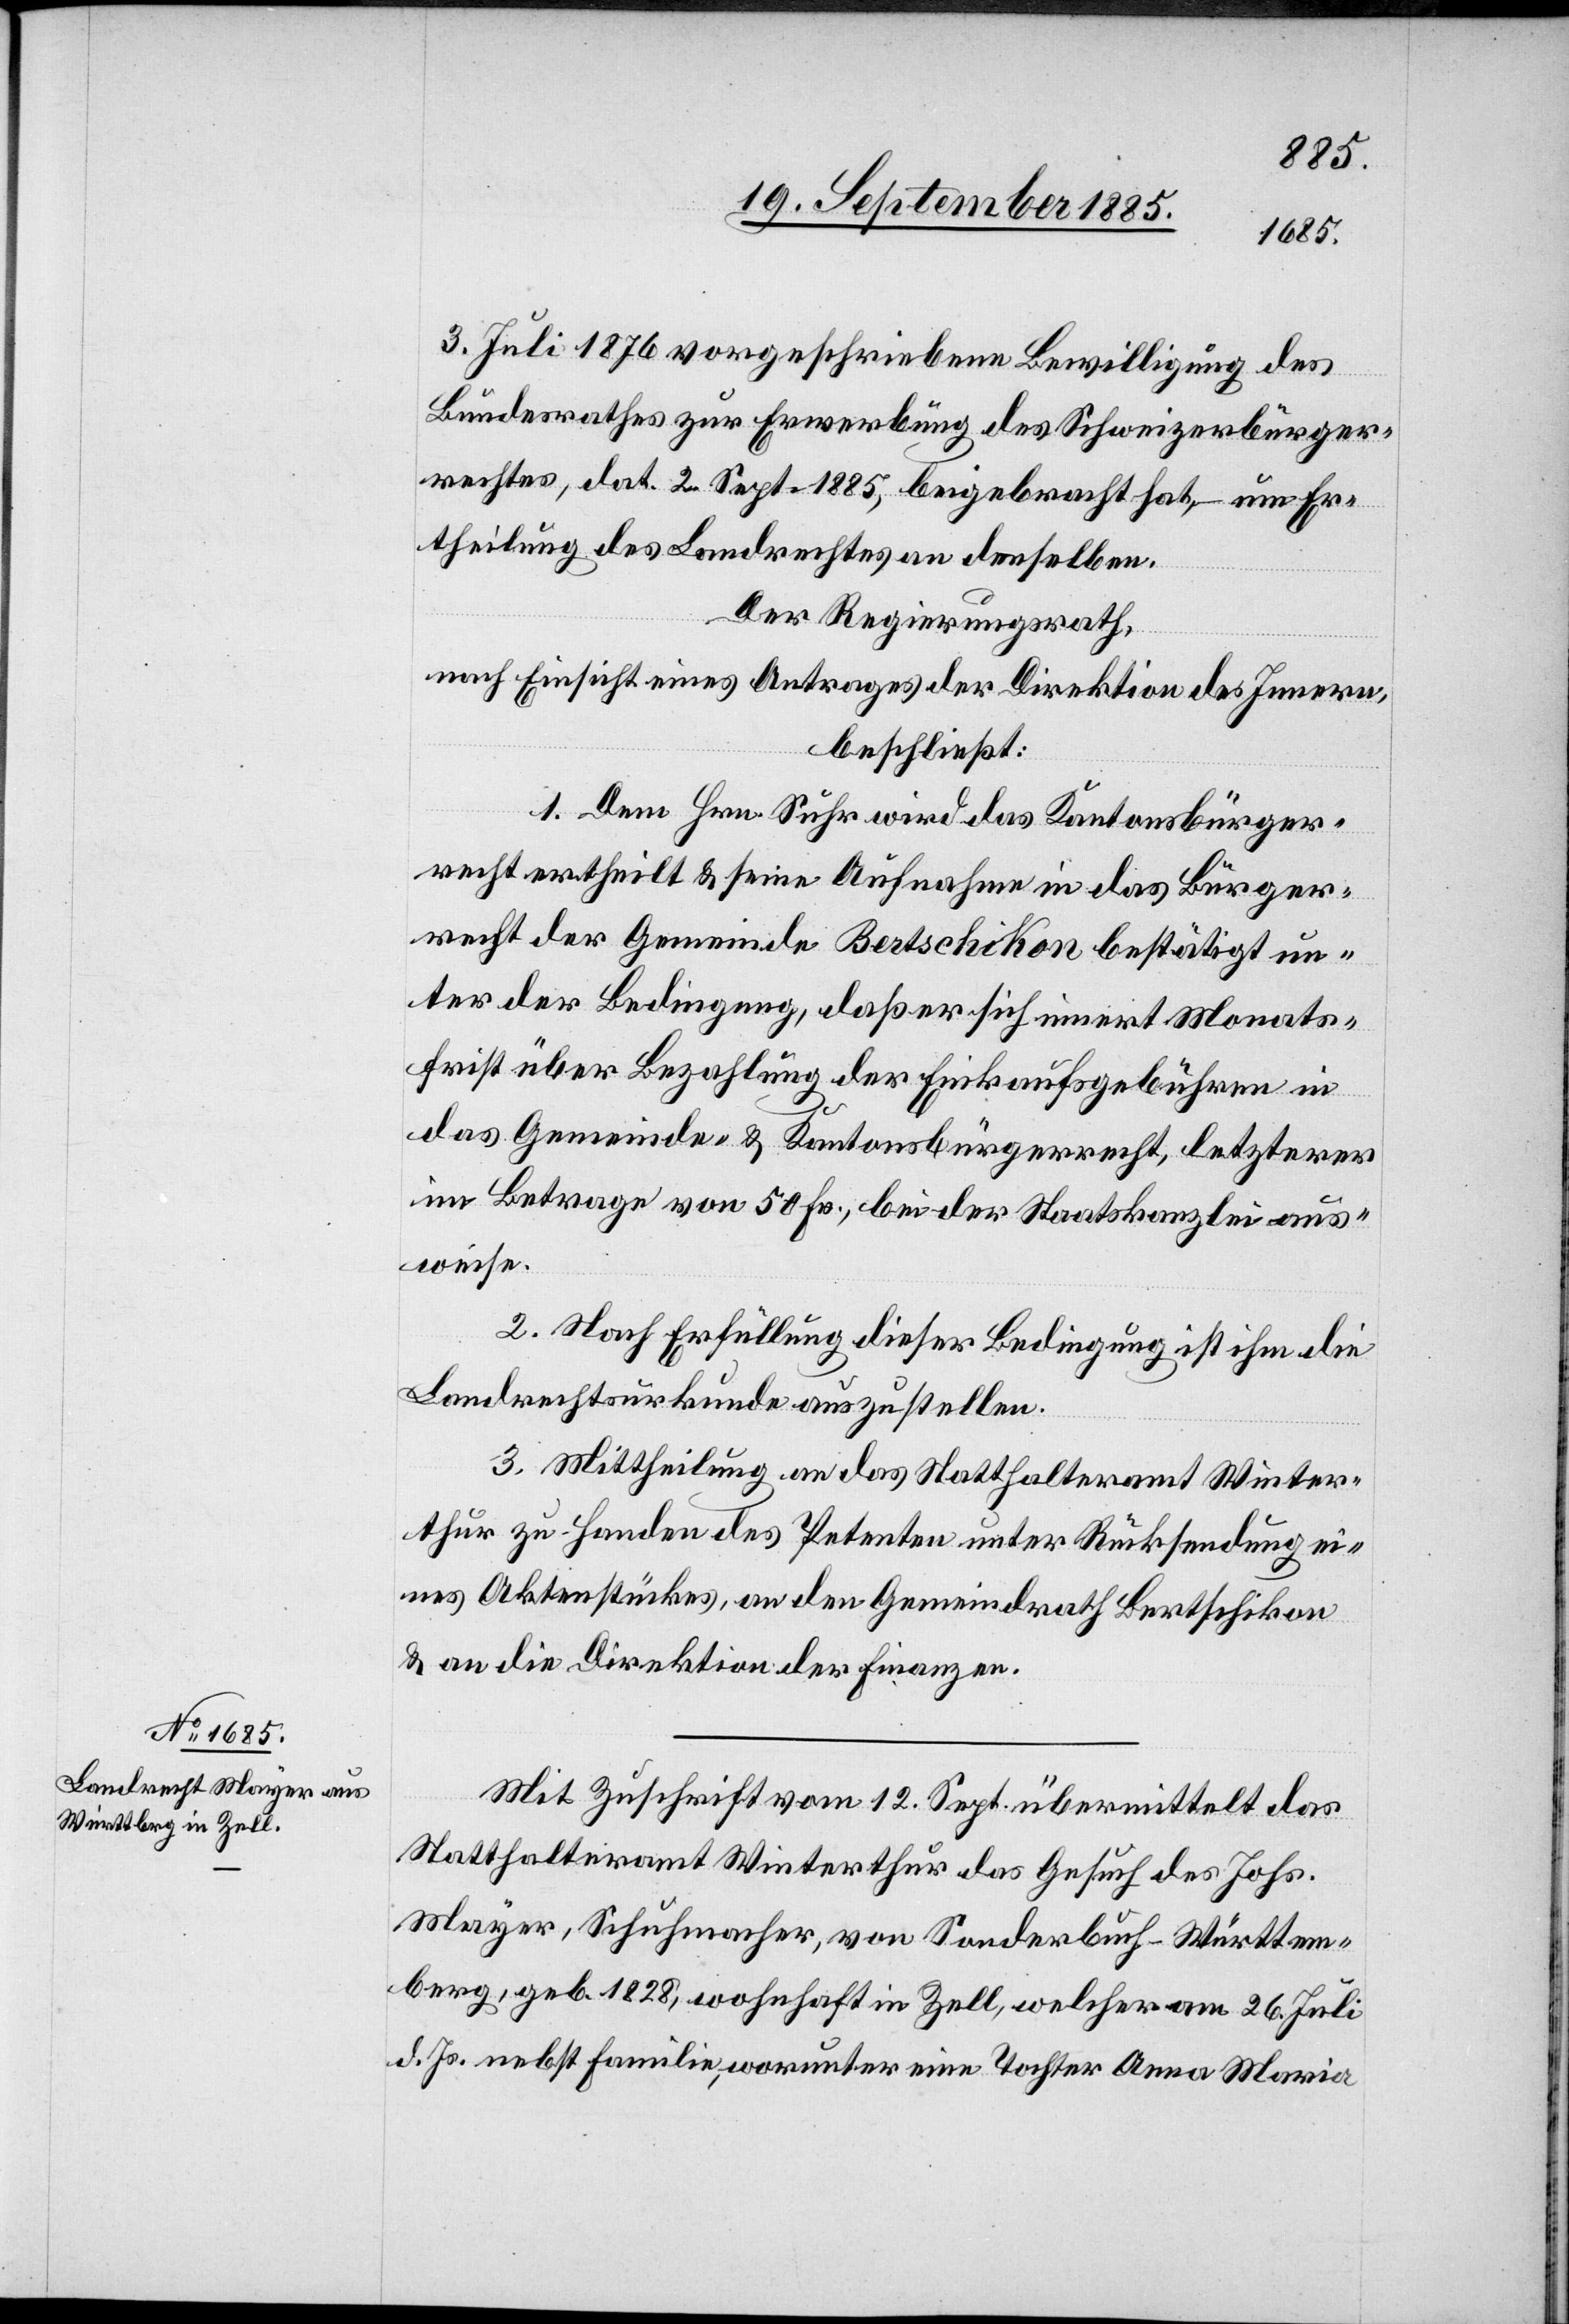
3. Juli 1876 vorgeschriebene Bewilligung des
Bundesrathes zur Erwerbung des Schweizerbürger¬
rechtes, dat. 2. Sept. 1885, beigebracht hat, – nun Er¬
theilung des Landrechtes an denselben.
Der Regierungsrath,
nach Einsicht eines Antrages der Direktion des Innern,
beschließt:
1. Dem Hrn. Suhr wird das Kantonsbürger¬
recht ertheilt & seine Aufnahme in das Bürger¬
recht der Gemeinde Bertschikon bestätigt un¬
ter der Bedingung, daß er sich innert Monats¬
frist über Bezahlung der Einkaufsgebühren in
das Gemeinde & Kantonsbürgerrecht, letzterer
im Betrage von 50 Fr., bei der Staatskanzlei aus¬
weise.
2. Nach Erfüllung dieser Bedingung ist ihm die
Landrechtsurkunde auszustellen.
3. Mittheilung an das Statthalteramt Winter¬
thur zu Handen des Petenten unter Rücksendung ei¬
nes Aktenstückes, an den Gemeindrath Bertschikon
& an die Direktion der Finanzen.
Mit Zuschrift vom 12. Sept. übermittelt das
Statthalteramt Winterthur das Gesuch des Johs.
Mayer, Schuhmacher, von Sonderbuch - Württem¬
berg, geb. 1828, wohnhaft in Zell, welcher am 26.
d. Js. nebst Familie, worunter eine Tochter Anna Maria